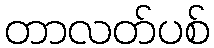
တာလတ်ပစ်